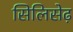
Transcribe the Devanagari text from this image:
सिलिसेढ़